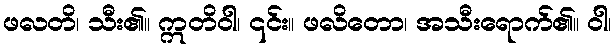
ဖလတိ၊ သီး၏။ ဣတိဝါ၊ ၎င်း။ ဖလိတော၊ အသီးရောက်၏။ ဝါ၊